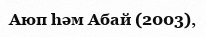
Аюп hәм Абай (2003),